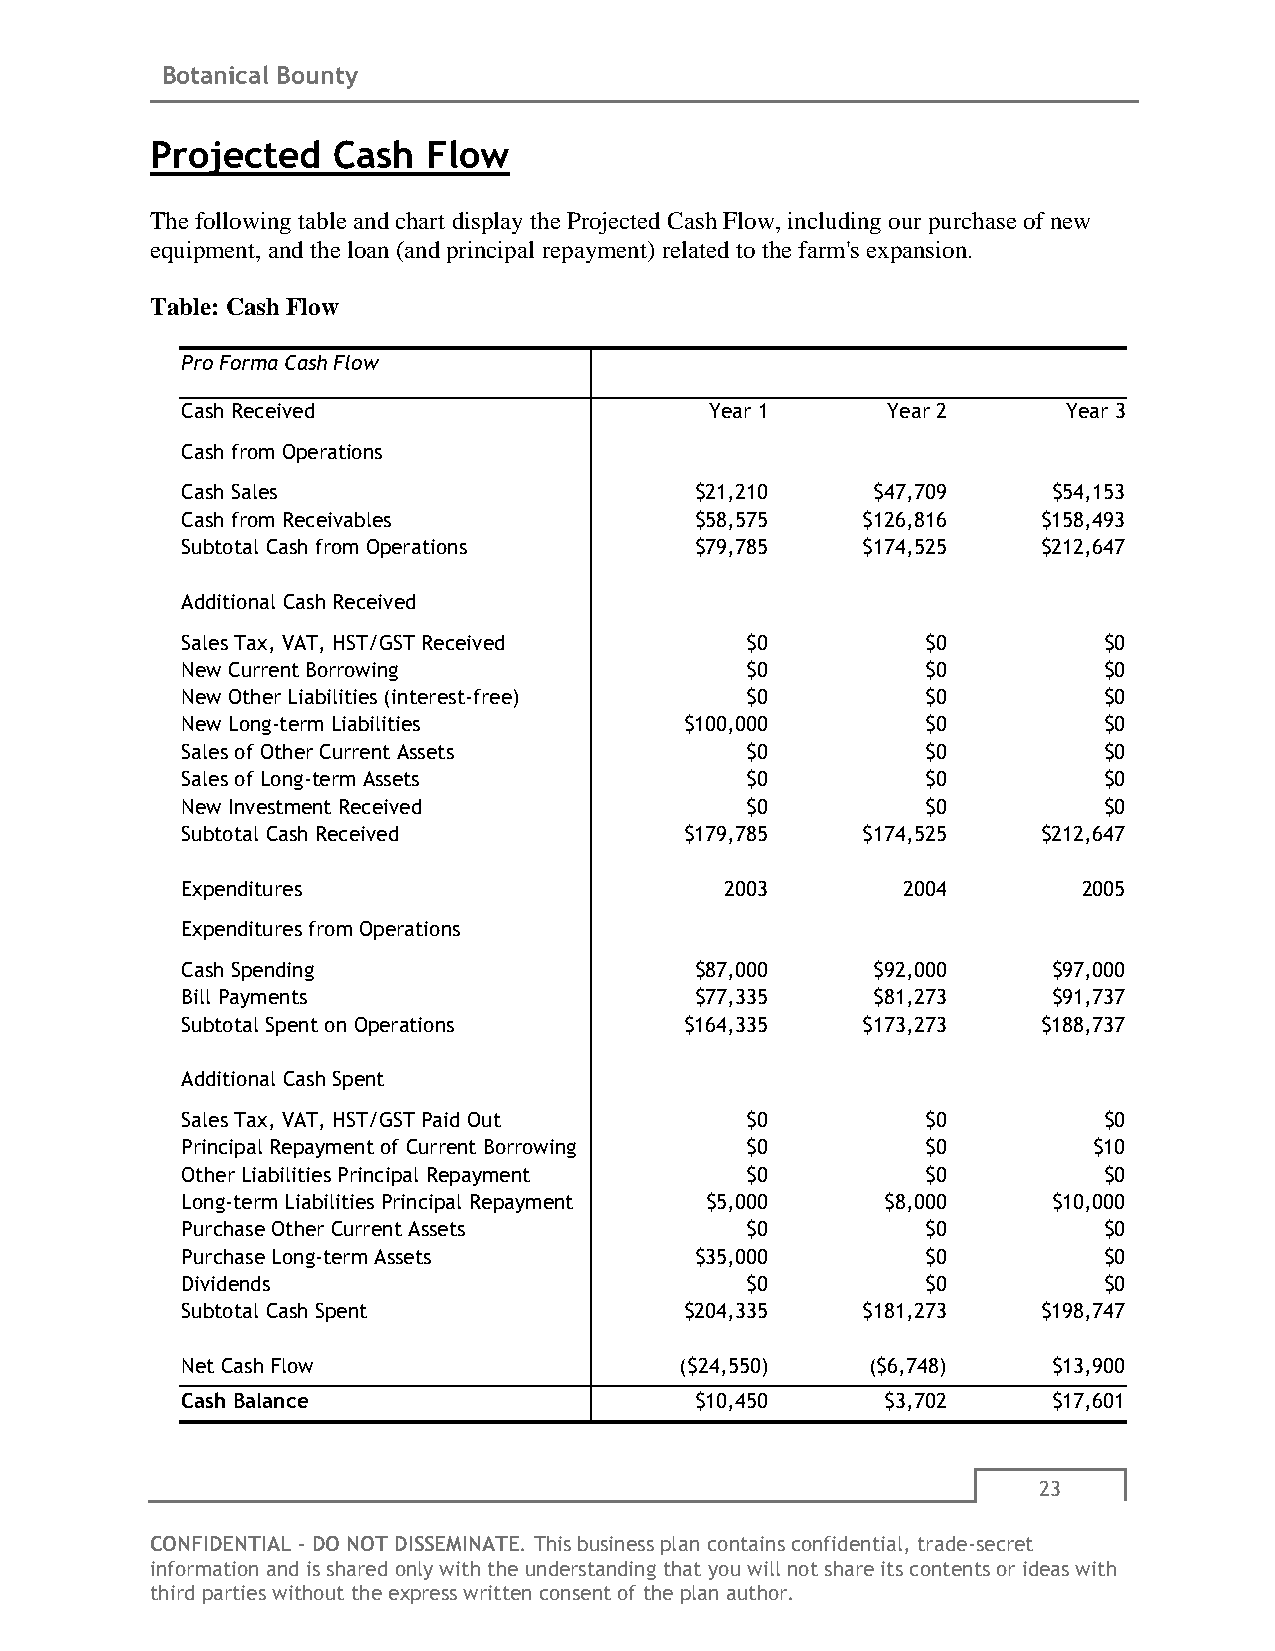
Botanical Bounty
 Projected   Cash  Flow
 The following table and chart display the Projected Cash Flow, including our purchase of new
 equipment, and the loan (and principal repayment) related to the farm's expansion.
 Table: Cash Flow
 Pro Forma Cash Flow
 Cash Received                      Year 1      Year 2      Year 3
 Cash from Operations
 Cash Sales                        $21,210     $47,709     $54,153
 Cash from Receivables             $58,575    $126,816    $158,493
 Subtotal Cash from Operations     $79,785    $174,525    $212,647
 Additional Cash Received
 Sales Tax, VAT, HST/GST Received     $0          $0          $0
 New Current Borrowing                $0          $0          $0
 New Other Liabilities (interest-free) $0         $0          $0
 New Long-term Liabilities        $100,000        $0          $0
 Sales of Other Current Assets        $0          $0          $0
 Sales of Long-term Assets            $0          $0          $0
 New Investment Received              $0          $0          $0
 Subtotal Cash Received           $179,785    $174,525    $212,647
 Expenditures                        2003        2004        2005
 Expenditures from Operations
 Cash Spending                     $87,000     $92,000     $97,000
 Bill Payments                     $77,335     $81,273     $91,737
 Subtotal Spent on Operations     $164,335    $173,273    $188,737
 Additional Cash Spent
 Sales Tax, VAT, HST/GST Paid Out     $0          $0          $0
 Principal Repayment of Current Borrowing $0      $0         $10
 Other Liabilities Principal Repayment $0         $0          $0
 Long-term Liabilities Principal Repayment $5,000 $8,000   $10,000
 Purchase Other Current Assets        $0          $0          $0
 Purchase Long-term Assets         $35,000        $0          $0
 Dividends                            $0          $0          $0
 Subtotal Cash Spent              $204,335    $181,273    $198,747
 Net Cash Flow                    ($24,550)    ($6,748)    $13,900
 Cash Balance                      $10,450      $3,702     $17,601
 23
 CONFIDENTIAL - DO NOT DISSEMINATE. This business plan contains confidential, trade-secret
 information and is shared only with the understanding that you will not share its contents or ideas with
 third parties without the express written consent of the plan author.